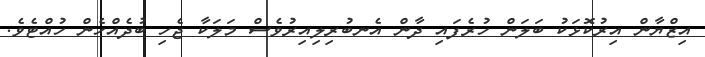
އިޒްޔާން އިރުކޮޅަކު ބަލަން ހުރެފައި ދާން އެނބުރިލިއިރުވެސް މަލަކާ ޖެހި ބުދެއްހެން ހުއްޓެވެ.